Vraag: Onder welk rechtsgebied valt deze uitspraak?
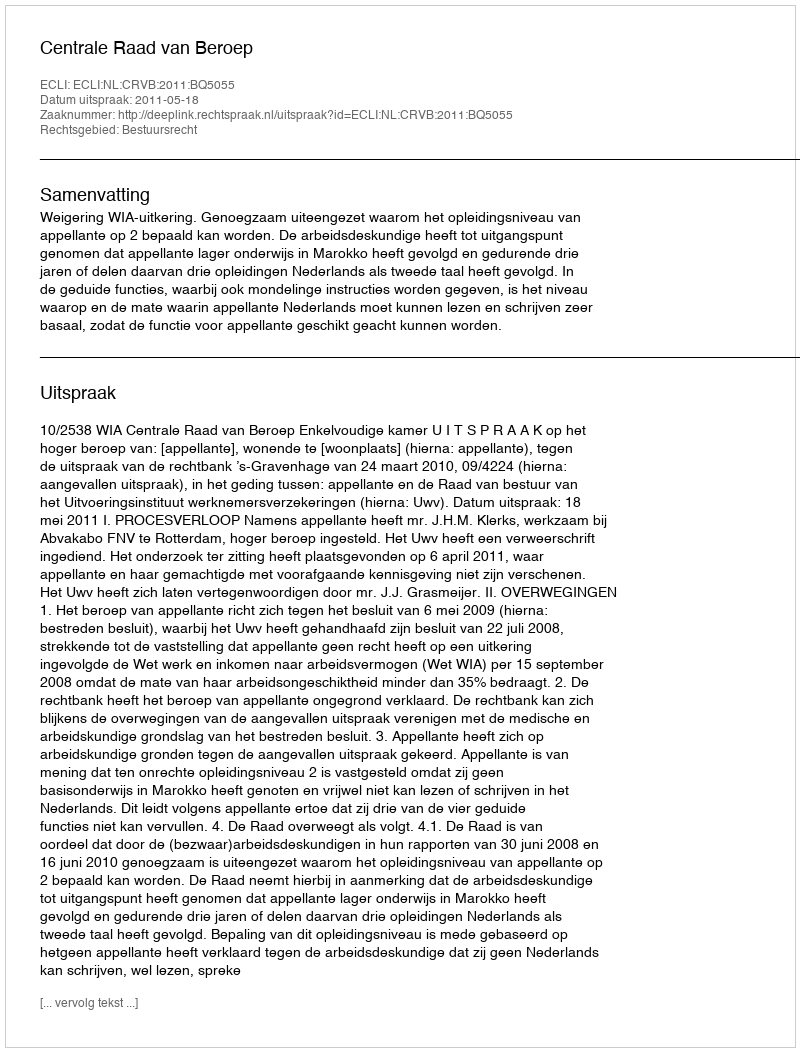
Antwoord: Bestuursrecht